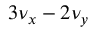
3 \nu _ { x } - 2 \nu _ { y }